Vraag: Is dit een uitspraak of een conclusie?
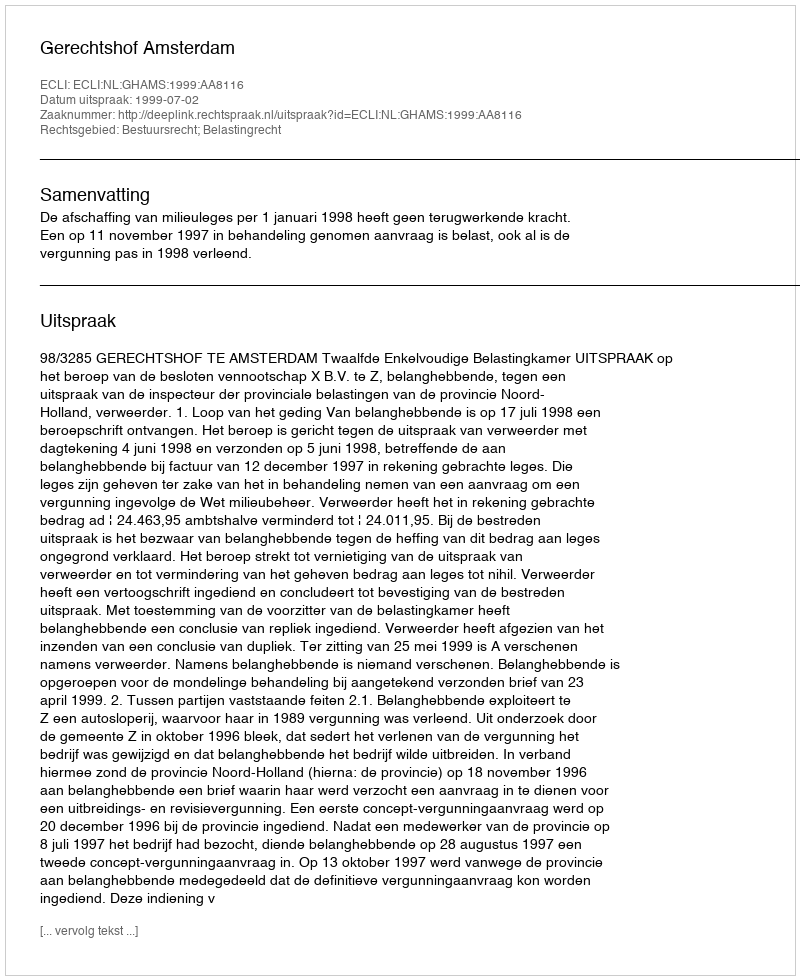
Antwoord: Uitspraak